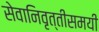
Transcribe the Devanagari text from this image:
सेवानिवृत्तीसमयी